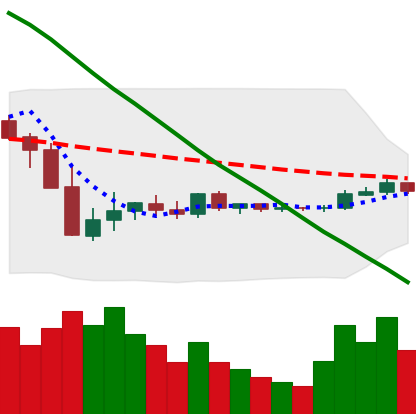
Ticker: XLM-USD
Chart end date: 2019-10-10
Forward return: 3.742%
Label: up_3_5